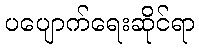
ပပျောက်ရေးဆိုင်ရာ